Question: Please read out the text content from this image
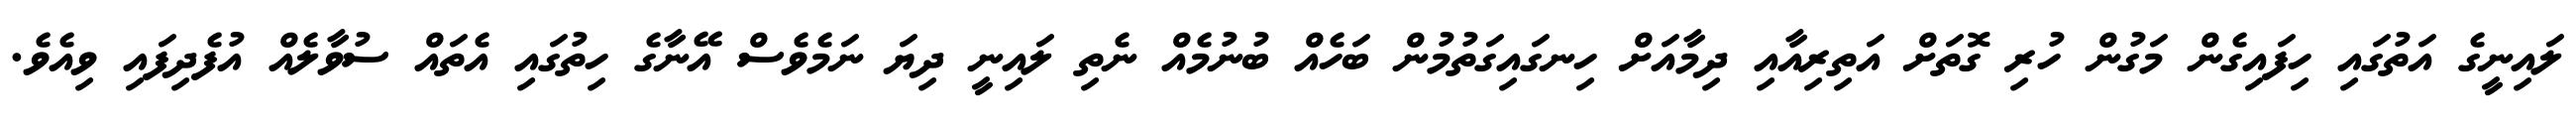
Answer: ލައިނީގެ އަތުގައި ހިފައިގެން މަގުން ހުރި ގޮތަށް އަތިރިއާއި ދިމާއަށް ހިނގައިގަތުމުން ބަހެއް ބުނުމެއް ނެތި ލައިނީ ދިޔަ ނަމެވެސް އޭނާގެ ހިތުގައި އެތައް ސުވާލެއް އުފެދިފައި ވިއެވެ.